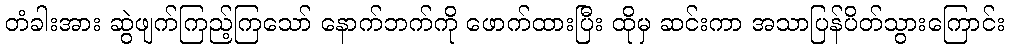
တံခါးအား ဆွဲဖျက်ကြည့်ကြသော် နောက်ဘက်ကို ဖောက်ထားပြီး ထိုမှ ဆင်းကာ အသာပြန်ပိတ်သွားကြောင်း